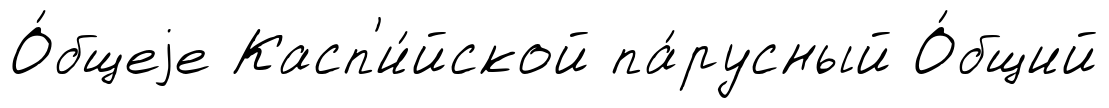
О́бщеjе Касп'и́йской па́русный О́бщий